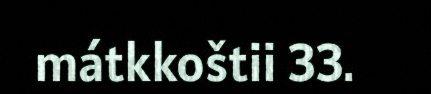
mátkkoštii 33.